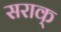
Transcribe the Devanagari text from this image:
सराक्